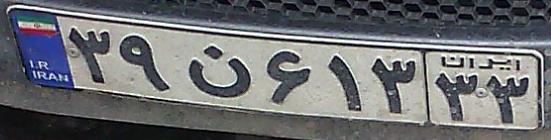
۳۹ن۶۱۳۳۳